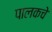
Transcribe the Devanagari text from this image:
पालकचे